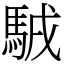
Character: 𩣊